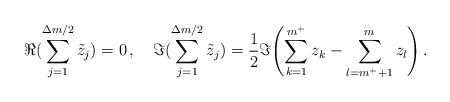
\begin{align*}\Re{(\sum_{j=1}^{\Delta m/2} \tilde z_j)} = 0 \, , \quad \Im{(\sum_{j=1}^{\Delta m/2} \tilde z_j)} = \frac{1}{2} \Im{\left( \sum_{k=1}^{m^+} z_k - \sum_{l=m^+ + 1}^{m} z_l \right) } \, .\end{align*}